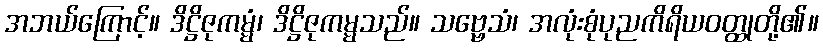
အဘယ်ကြောင့်။ ဒိဋ္ဌိဇုကမ္မံ၊ ဒိဋ္ဌိဇုကမ္မသည်။ သဗ္ဗေသံ၊ အလုံးစုံပုညကိရိယဝတ္ထုတို့၏။